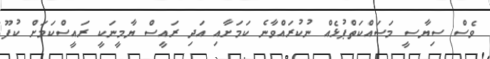
ވެސް ސިޔާސީ މަަސައްކަތްޕުޅެއް ނުކުރައްވާނެ ކަމަށާއި އަދި ރައީސް ޔާމީނަކީ ރައީސްކަމަށް ކުފޫ